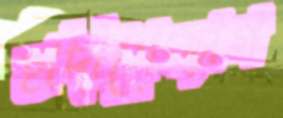
হাদীসেজাগ